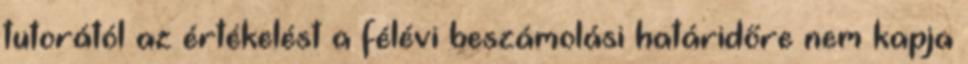
tutorától az értékelést a félévi beszámolási határidőre nem kapja